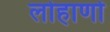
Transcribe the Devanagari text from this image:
लोहाणों